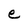
Character: e